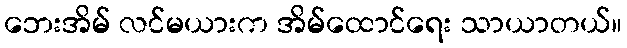
ဘေးအိမ် လင်မယားက အိမ်ထောင်ရေး သာယာတယ်။